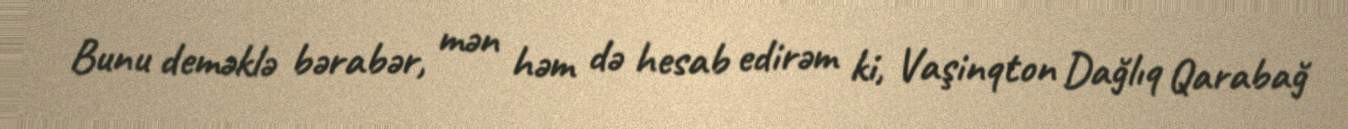
Bunu deməklə bərabər, mən həm də hesab edirəm ki, Vaşinqton Dağlıq Qarabağ